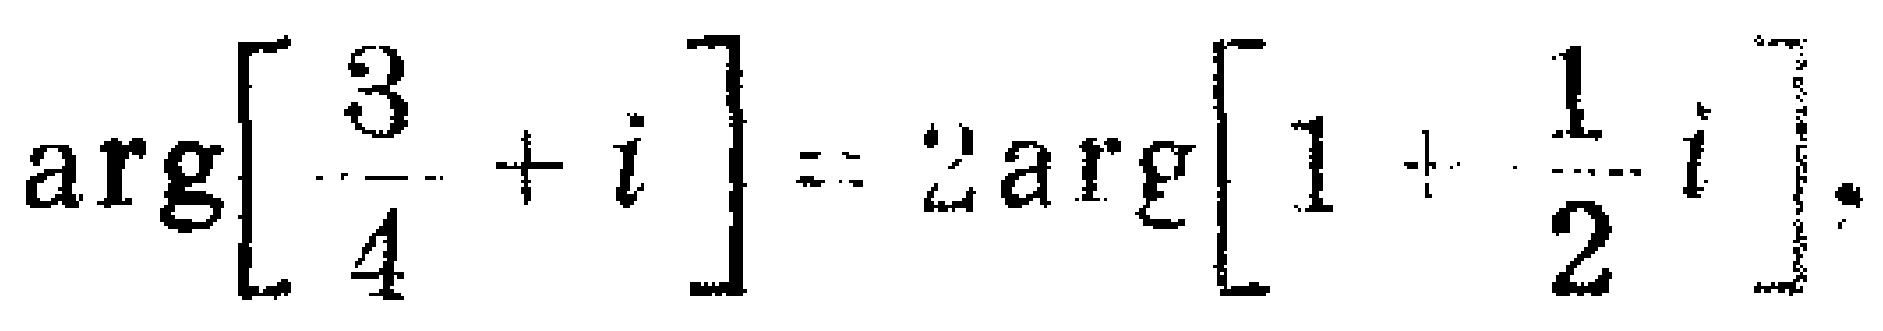
\(\arg\left[\frac{3}{4}+i\right]=2\arg\left[1 + \frac{1}{2}i\right]\)